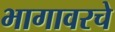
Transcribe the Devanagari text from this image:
भागावरचे